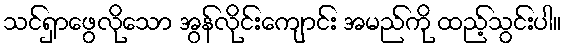
သင်ရှာဖွေလိုသော အွန်လိုင်းကျောင်း အမည်ကို ထည့်သွင်းပါ။